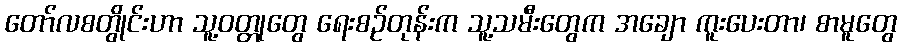
တော်လစတွိုင်းဟာ သူ့ဝတ္တုတွေ ရေးစဉ်တုန်းက သူ့သမီးတွေက အချော ကူးပေးတာ၊ စာမူတွေ